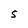
Character: S